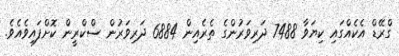
ގްރޭޑް އެކެއްގައި ކިޔަވާ 7488 ދަރިވަރުންގެ ތެރެއިން 6884 ދަރިވަރުން ސްކްރީން ކޮށްފައިވެއެވެ.